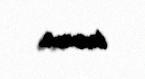
toxunur.